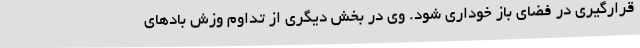
قرارگیری در فضای باز خوداری شود. وی در بخش دیگری از تداوم وزش بادهای